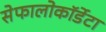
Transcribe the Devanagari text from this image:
सेफालोकॉर्डेटा